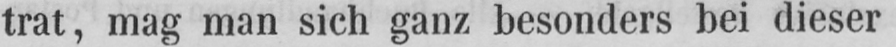
trat, mag man sich ganz besonders bei dieser